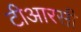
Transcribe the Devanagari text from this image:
टीआरसी